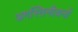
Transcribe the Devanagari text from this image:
अगस्तिनीयनों